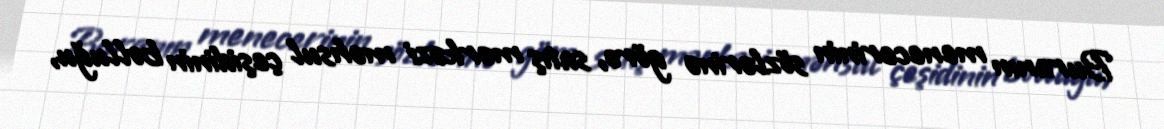
Buranın menecerinin sözlərinə görə, satış mərkəzi məhsul çeşidinin bolluğu,